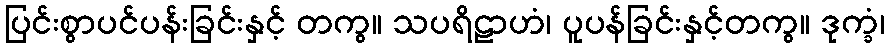
ပြင်းစွာပင်ပန်းခြင်းနှင့် တကွ။ သပရိဠာဟံ၊ ပူပန်ခြင်းနှင့်တကွ။ ဒုက္ခံ၊